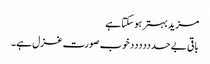
مزید بہتر ہو سکتا ہے
باقی بے حدددددد خوب صورت غزل ہے۔